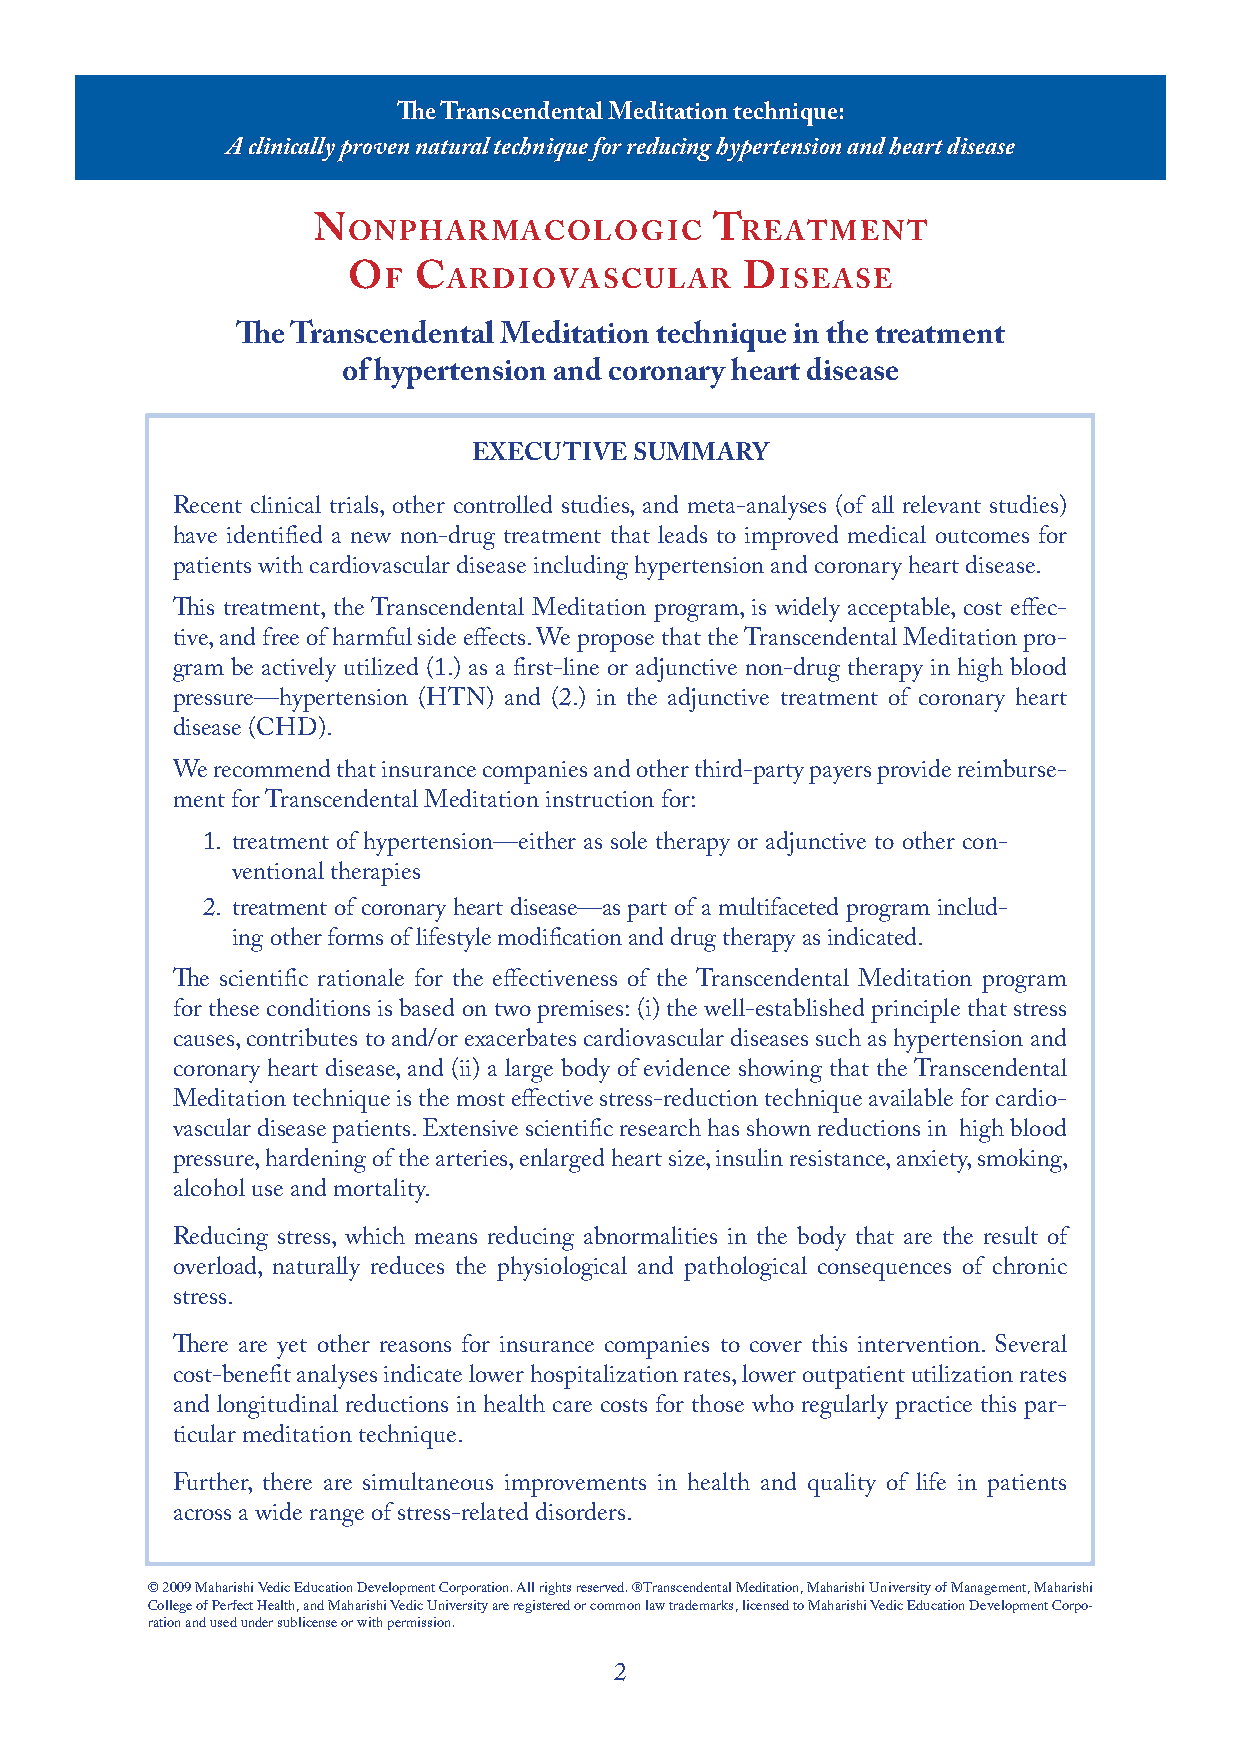
The Transcendental Meditation technique:
 A clinically proven natural technique for reducing hypertension and heart disease
 nonpharMacologic          treatMent
 of  cardiovascular        disease
 The Transcendental Meditation technique in the treatment
 of hypertension and coronary heart disease
 ExEcuTivE  SuMMary
 Recent clinical trials, other controlled studies, and meta-analyses (of all relevant studies)
 have identified a new non-drug treatment that leads to improved medical outcomes for
 patients with cardiovascular disease including hypertension and coronary heart disease.
 This treatment, the Transcendental Meditation program, is widely acceptable, cost effec-
 tive, and free of harmful side effects. We propose that the Transcendental Meditation pro-
 gram be actively utilized (1.) as a first-line or adjunctive non-drug therapy in high blood
 pressure—hypertension (HTN) and (2.) in the adjunctive treatment of coronary heart
 disease (CHD).
 We recommend that insurance companies and other third-party payers provide reimburse-
 ment for Transcendental Meditation instruction for:
 1. treatment of hypertension—either as sole therapy or adjunctive to other con-
 ventional therapies
 2. treatment of coronary heart disease—as part of a multifaceted program includ-
 ing other forms of lifestyle modification and drug therapy as indicated.
 The scientific rationale for the effectiveness of the Transcendental Meditation program
 for these conditions is based on two premises: (i) the well-established principle that stress
 causes, contributes to and/or exacerbates cardiovascular diseases such as hypertension and
 coronary heart disease, and (ii) a large body of evidence showing that the Transcendental
 Meditation technique is the most effective stress-reduction technique available for cardio-
 vascular disease patients. Extensive scientific research has shown reductions in high blood
 pressure, hardening of the arteries, enlarged heart size, insulin resistance, anxiety, smoking,
 alcohol use and mortality.
 Reducing stress, which means reducing abnormalities in the body that are the result of
 overload, naturally reduces the physiological and pathological consequences of chronic
 stress.
 There are yet other reasons for insurance companies to cover this intervention. Several
 cost-benefit analyses indicate lower hospitalization rates, lower outpatient utilization rates
 and longitudinal reductions in health care costs for those who regularly practice this par-
 ticular meditation technique.
 Further, there are simultaneous improvements in health and quality of life in patients
 across a wide range of stress-related disorders.
 © 2009 Maharishi Vedic Education Development Corporation. All rights reserved. ®Transcendental Meditation, Maharishi University of Management, Maharishi
 College of Perfect Health, and Maharishi Vedic University are registered or common law trademarks, licensed to Maharishi Vedic Education Development Corpo-
 ration and used under sublicense or with permission.
 2